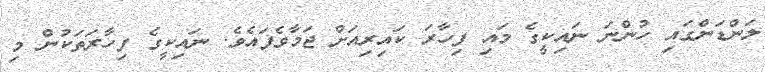
ލަންޑަންގައި ހުންނަ ނައިކީގެ މައި ފިހާރަ ކައިރިއަށް ޖަމާވެފައެވެ. ނައިކީގެ ފިހާރަތަކުން މި